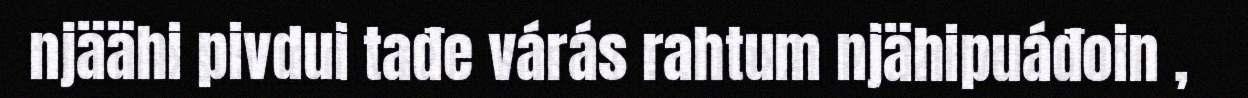
njäähi pivdui tađe várás rahtum njähipuáđoin ,